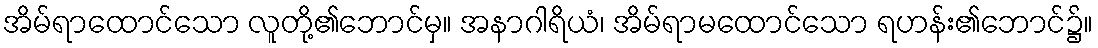
အိမ်ရာထောင်သော လူတို့၏ဘောင်မှ။ အနာဂါရိယံ၊ အိမ်ရာမထောင်သော ရဟန်း၏ဘောင်၌။